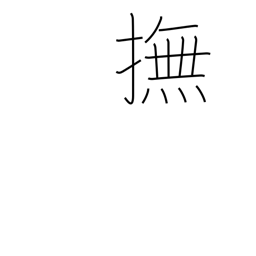
Meaning: stroke